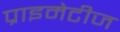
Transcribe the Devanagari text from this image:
प्राइमेटीज